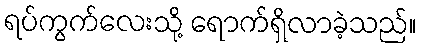
ရပ်ကွက်လေးသို့ ရောက်ရှိလာခဲ့သည်။